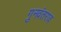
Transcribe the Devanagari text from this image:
गुनवंतराव